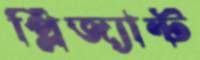
প্লিজ্যান্ট